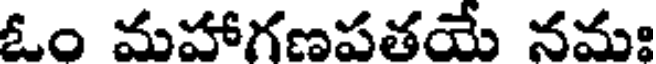
ఓం మహాగణపతయే నమః